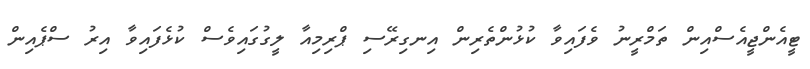
ޓީއެންޖީއެސްއިން ތަމްރީނު ވެފައިވާ ކުޅުންތެރިން އިނގިރޭސި ޕްރިމިއާ ލީގުގައިވެސް ކުޅެފައިވާ އިރު ސްޕެއިން